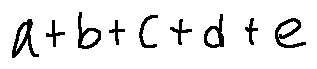
a + b + c + d + e